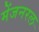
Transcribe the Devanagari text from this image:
मेंजनरल